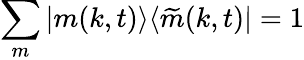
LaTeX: \sum_{m}|m(k,t)\rangle\langle\widetilde{m}(k,t)|=1